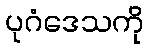
ပုဂံဒေသကို